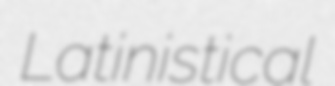
Latinistical